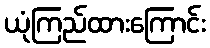
ယုံကြည်ထားကြောင်း